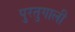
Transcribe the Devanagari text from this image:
पुरतुगाली